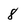
Character: 8